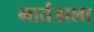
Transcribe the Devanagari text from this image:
मार्तंडाला